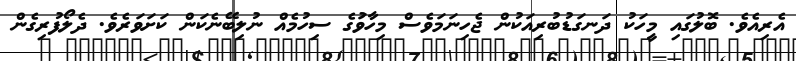
އެރިއެވެ. ބޮލުގައި މީހަކު ދަނގަޑުބުރިއަކުން ޖެހިނަމަވެސް މިހާވަުގެ ސިހުމެއް ނުލިބޭނެކަން ކަށަވަރެވެ. ދެލޯފުރިގެން